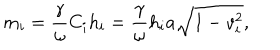
LaTeX: m _ { i } = \frac \gamma \omega C _ { i } h _ { i } = \frac \gamma \omega h _ { i } a \sqrt { 1 - v _ { i } ^ { 2 } } ,